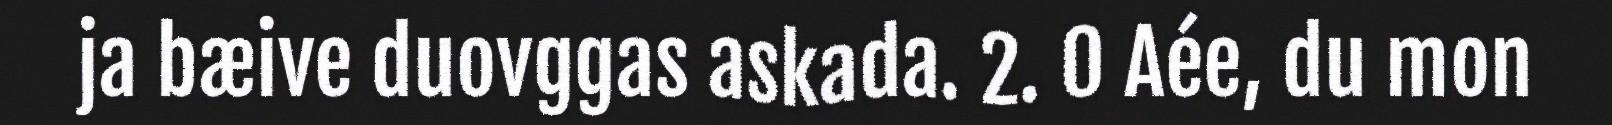
ja bæive duovggas askada. 2. 0 Aée, du mon